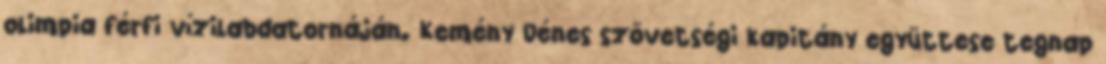
olimpia férfi vízilabdatornáján. Kemény Dénes szövetségi kapitány együttese tegnap